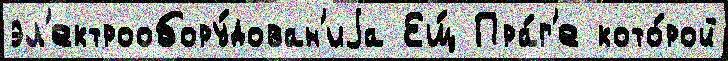
эл'ектрообору́дован'иjа Ещ́ Пра́г'е кото́рой